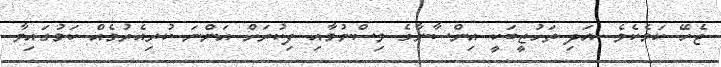
ޖެހޭ ކަމެކެވެ. އަދި ތަހުޒީބަކީ އިންސާނާގެ ވިސްނުމާއި ފިކުރަށް އަންނަ ކުރިއެރުމެއް ކަމުގައިވާ